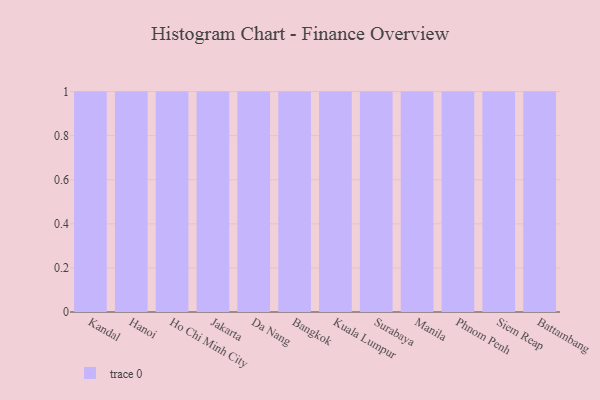
{"axis": {"x": "City", "y": "Revenue (USD Million)"}, "legend": [""], "data": [{"x": "Kandal", "y": 26, "type": ""}, {"x": "Hanoi", "y": 4, "type": ""}, {"x": "Ho Chi Minh City", "y": 66, "type": ""}, {"x": "Jakarta", "y": 34, "type": ""}, {"x": "Da Nang", "y": 58, "type": ""}, {"x": "Bangkok", "y": 42, "type": ""}, {"x": "Kuala Lumpur", "y": 7, "type": ""}, {"x": "Surabaya", "y": 11, "type": ""}, {"x": "Manila", "y": 44, "type": ""}, {"x": "Phnom Penh", "y": 29, "type": ""}, {"x": "Siem Reap", "y": 18, "type": ""}, {"x": "Battambang", "y": 16, "type": ""}]}